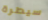
سيطرة